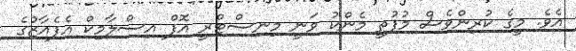
އެވެ. މީގެ ކުރިންވެސް މުފުތީ މެންކު ވަނީ މިނިސްޓްރީ އޮފް އިސްލާމިކް އެފެއާޒުގެ